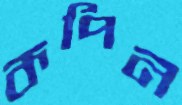
কপিন